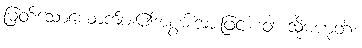
မြတ်သောယောက်ျား၏အစွမ်းအားဖြင့်။ ဝါ၊ သို့မဟုတ်။